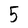
Character: 5